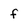
Character: f